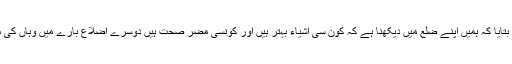
قائم مقام اسسٹنٹ کمشنر نے بتایا کہ ہمیں اپنے ضلع میں دیکھنا ہے کہ کون سی اشیاء بہتر ہیں اور کونسی مضر صحت ہیں دوسرے اضلاع بارے میں وہاں کی مقامی انتظامیہ زمہ دار ہے۔